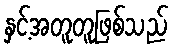
နှင့်အတူတူဖြစ်သည်